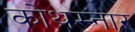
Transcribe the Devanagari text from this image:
कोथम्नार